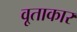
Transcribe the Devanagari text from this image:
वृ्ताकार